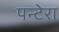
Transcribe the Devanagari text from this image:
पन्टेरा